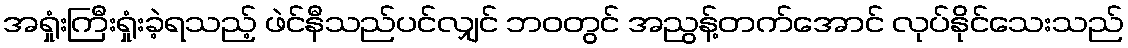
အရှုံးကြီးရှုံးခဲ့ရသည့် ဖဲင်နီသည်ပင်လျှင် ဘဝတွင် အညွန့်တက်အောင် လုပ်နိုင်သေးသည်